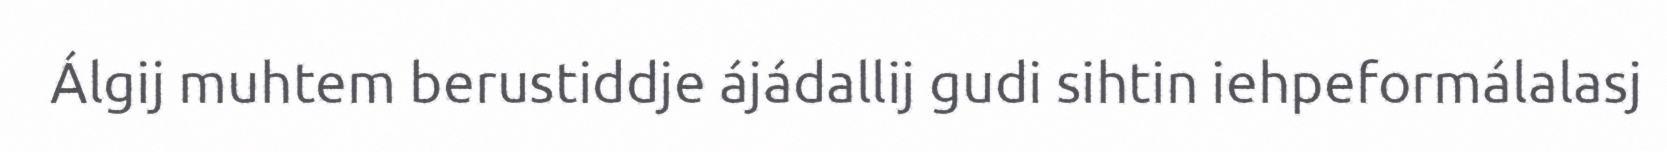
Álgij muhtem berustiddje ájádallij gudi sihtin iehpeformálalasj